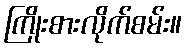
ကြိုးစားလိုက်စမ်း။